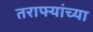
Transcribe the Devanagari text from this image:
तराफ्यांच्या